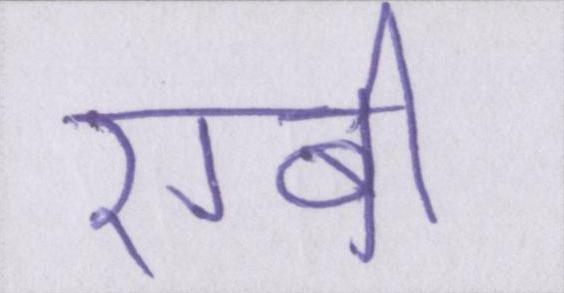
रग्बी